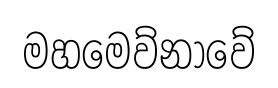
මහමෙව්නාවේ